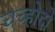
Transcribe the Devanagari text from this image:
चच्होदो